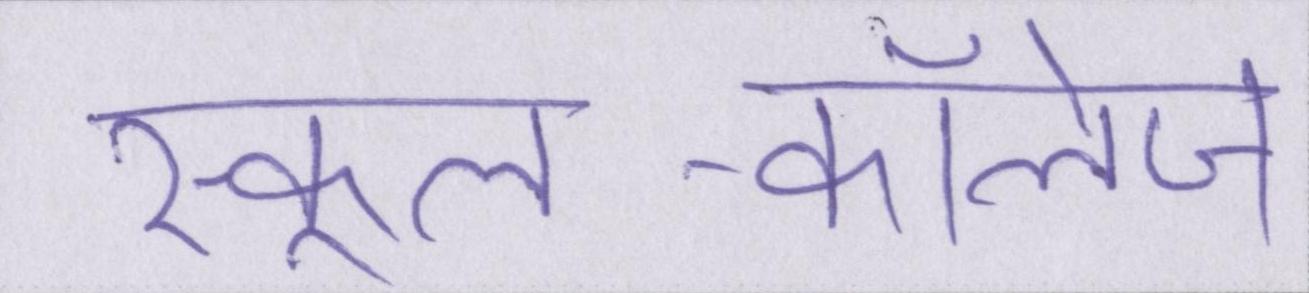
स्कूल-कॉलेज